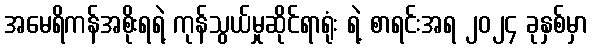
အမေရိကန်အစိုးရရဲ့ ကုန်သွယ်မှုဆိုင်ရာရုံး ရဲ့ စာရင်းအရ ၂၀၂၄ ခုနှစ်မှာ